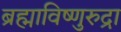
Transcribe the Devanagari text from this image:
ब्रह्माविष्णुरुद्रा